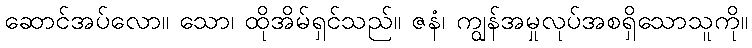
ဆောင်အပ်လော။ သော၊ ထိုအိမ်ရှင်သည်။ ဇနံ၊ ကျွန်အမှုလုပ်အစရှိသောသူကို။